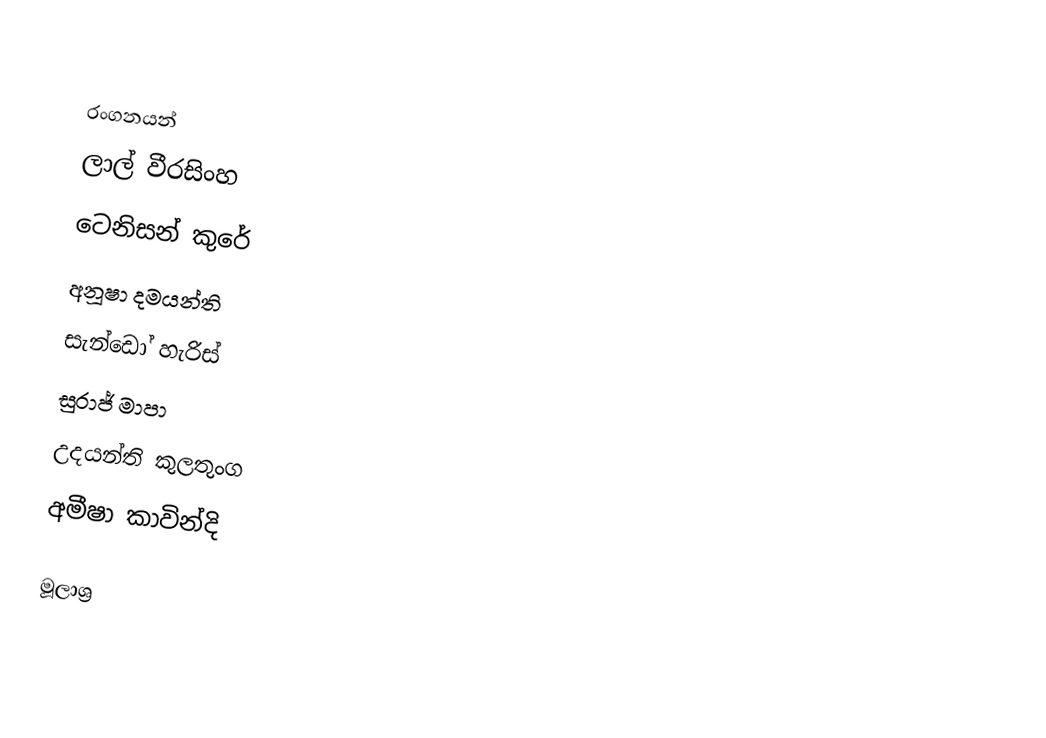

රංගනයන්
ලාල් වීරසිංහ
ටෙනිසන් කුරේ
අනූෂා දමයන්ති
සැන්ඩෝ හැරිස්
සුරාජ් මාපා
උදයන්ති කුලතුංග
අමීෂා කාවින්දි

මූලාශ්‍ර